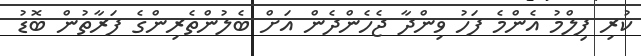
ކުރި ފިލްމު އެންމެ ފަހު ވިންދާ ޖެހެންދެން އަށް ބެލުންތެރިންގެ ފަރާތުން ބޮޑު